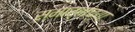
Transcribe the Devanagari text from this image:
स्मार्तांच्या